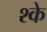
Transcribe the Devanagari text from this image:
श्के